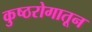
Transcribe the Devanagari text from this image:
कुष्ठरोगातून